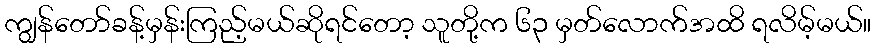
ကျွန်တော်ခန့်မှန်းကြည့်မယ်ဆိုရင်တော့ သူတို့က ၆၃ မှတ်လောက်အထိ ရလိမ့်မယ်။